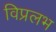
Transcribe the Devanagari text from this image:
विप्रलभ